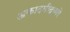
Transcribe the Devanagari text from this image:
अकादमीद्वारे